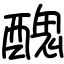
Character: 醜